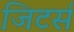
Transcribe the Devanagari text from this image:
जिटर्स